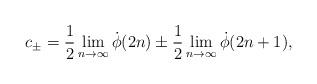
LaTeX: \begin{align*}c_\pm=\frac{1}{2}\lim_{n\to\infty}\dot{\phi}(2n) \pm \frac{1}{2}\lim_{n\to\infty}\dot{\phi}(2n+1),\end{align*}